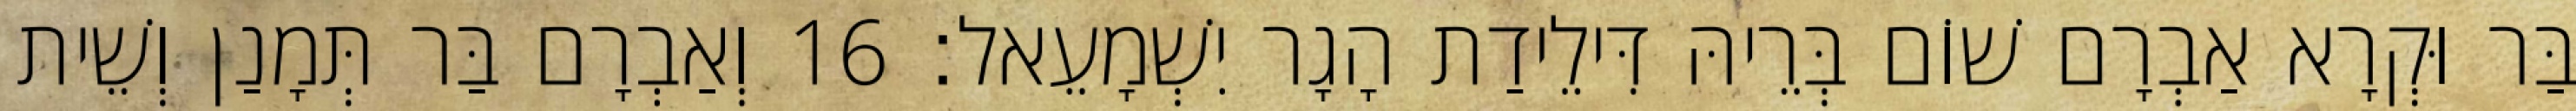
בַּר וּקְרָא אַבְרָם שׁוֹם בְּרֵיהּ דִּילֵידַת הָגָר יִשְׁמָעֵאל׃ 16 וְאַבְרָם בַּר תְּמָנַן וְשֵׁית